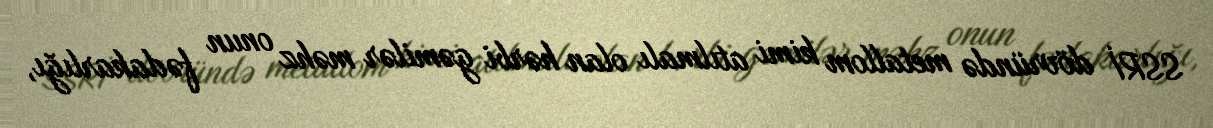
SSRİ dövründə metallom kimi atılmalı olan hərbi gəmilər məhz onun fədakarlığı,